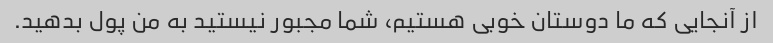
از آنجایی که ما دوستان خوبی هستیم، شما مجبور نیستید به من پول بدهید.